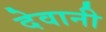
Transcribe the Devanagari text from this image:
देवानी